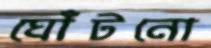
ঘোঁটনো